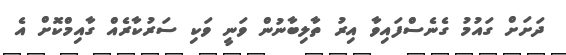
ދަށަށް ގައުމު ގެނެސްފައިވާ އިރު ތާލިބާނުން ވަނީ ވަކި ސަރުކާރެއް ގާއިމްކޮށް އެ